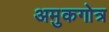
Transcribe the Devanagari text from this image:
अमुकगोत्र